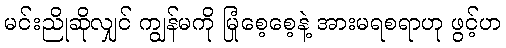
မင်းညိုဆိုလျှင် ကျွန်မကို မြုံစေ့စေ့နဲ့ အားမရစရာဟု ဖွင့်ဟ